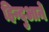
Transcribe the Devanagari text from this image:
हिन्दुआने